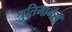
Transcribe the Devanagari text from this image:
श्रुतिमार्गसँ